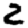
Digit: 2